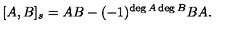
[ A , B ] _ { s } = A B - ( - 1 ) ^ { \deg A \deg B } B A .